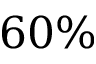
6 0 \%